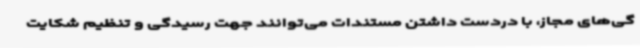
گی‌های مجاز، با دردست داشتن مستندات می‌توانند جهت رسیدگی و تنظیم شکایت